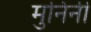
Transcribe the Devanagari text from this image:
मुनिंनी